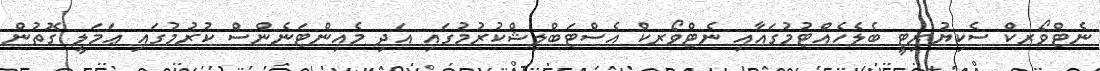
ނެޓްވޯރކް ސެކިޔުރިޓީ ބެލެހެއްޓުމުގައާއި ނެޓްވޯރކް އެސްޓަބްލިޝްކުރުމުގައި އަދި މެއިންޓަނެންސް ކުރުމުގައި ޢަމަލީ ގޮތުން